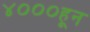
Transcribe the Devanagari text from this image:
४०००हून